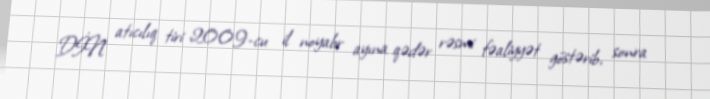
DİN atıcılıq tiri 2009-cu il noyabr ayına qədər rəsmi fəaliyyət göstərib, sonra